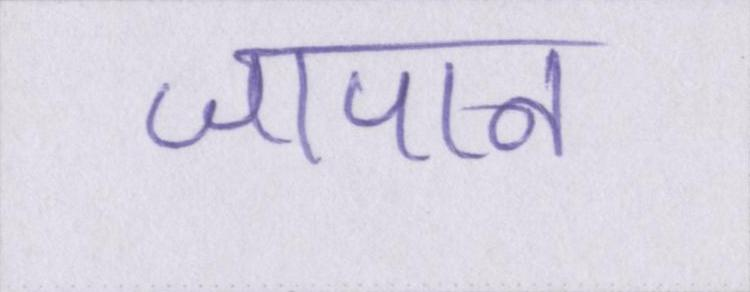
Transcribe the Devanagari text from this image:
जापान